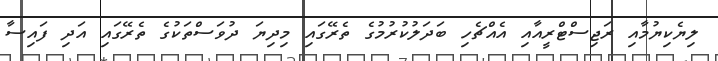
ލިޔެކިޔުމާއި ރަޖިސްޓްރީއާއި އެއްޗެހި ބަދަލުކުރުމުގެ ތެރޭގައި މިދިޔަ ދުވަސްތަކުގެ ތެރޭގައި އަދި ފައިސާ